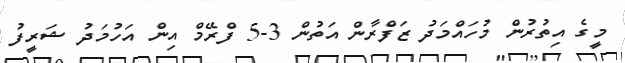
މީގެ އިތުރުން މުހައްމަދު ޒަފްރާން އަތުން 3-5 ފްރޭމް އިން އަހުމަދު ޝަރީފު